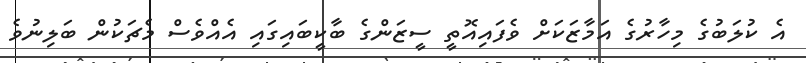
އެ ކުލަބުގެ މިހާރުގެ އަމާޒަކަށް ވެފައިއޮތީ ސީޒަންގެ ބާކީބައިގައި އެއްވެސް މެޗަކުން ބަލިނުވެ